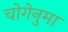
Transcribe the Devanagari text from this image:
चोगेनुमा